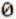
0